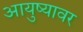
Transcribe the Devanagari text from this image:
आयुष्‍यावर